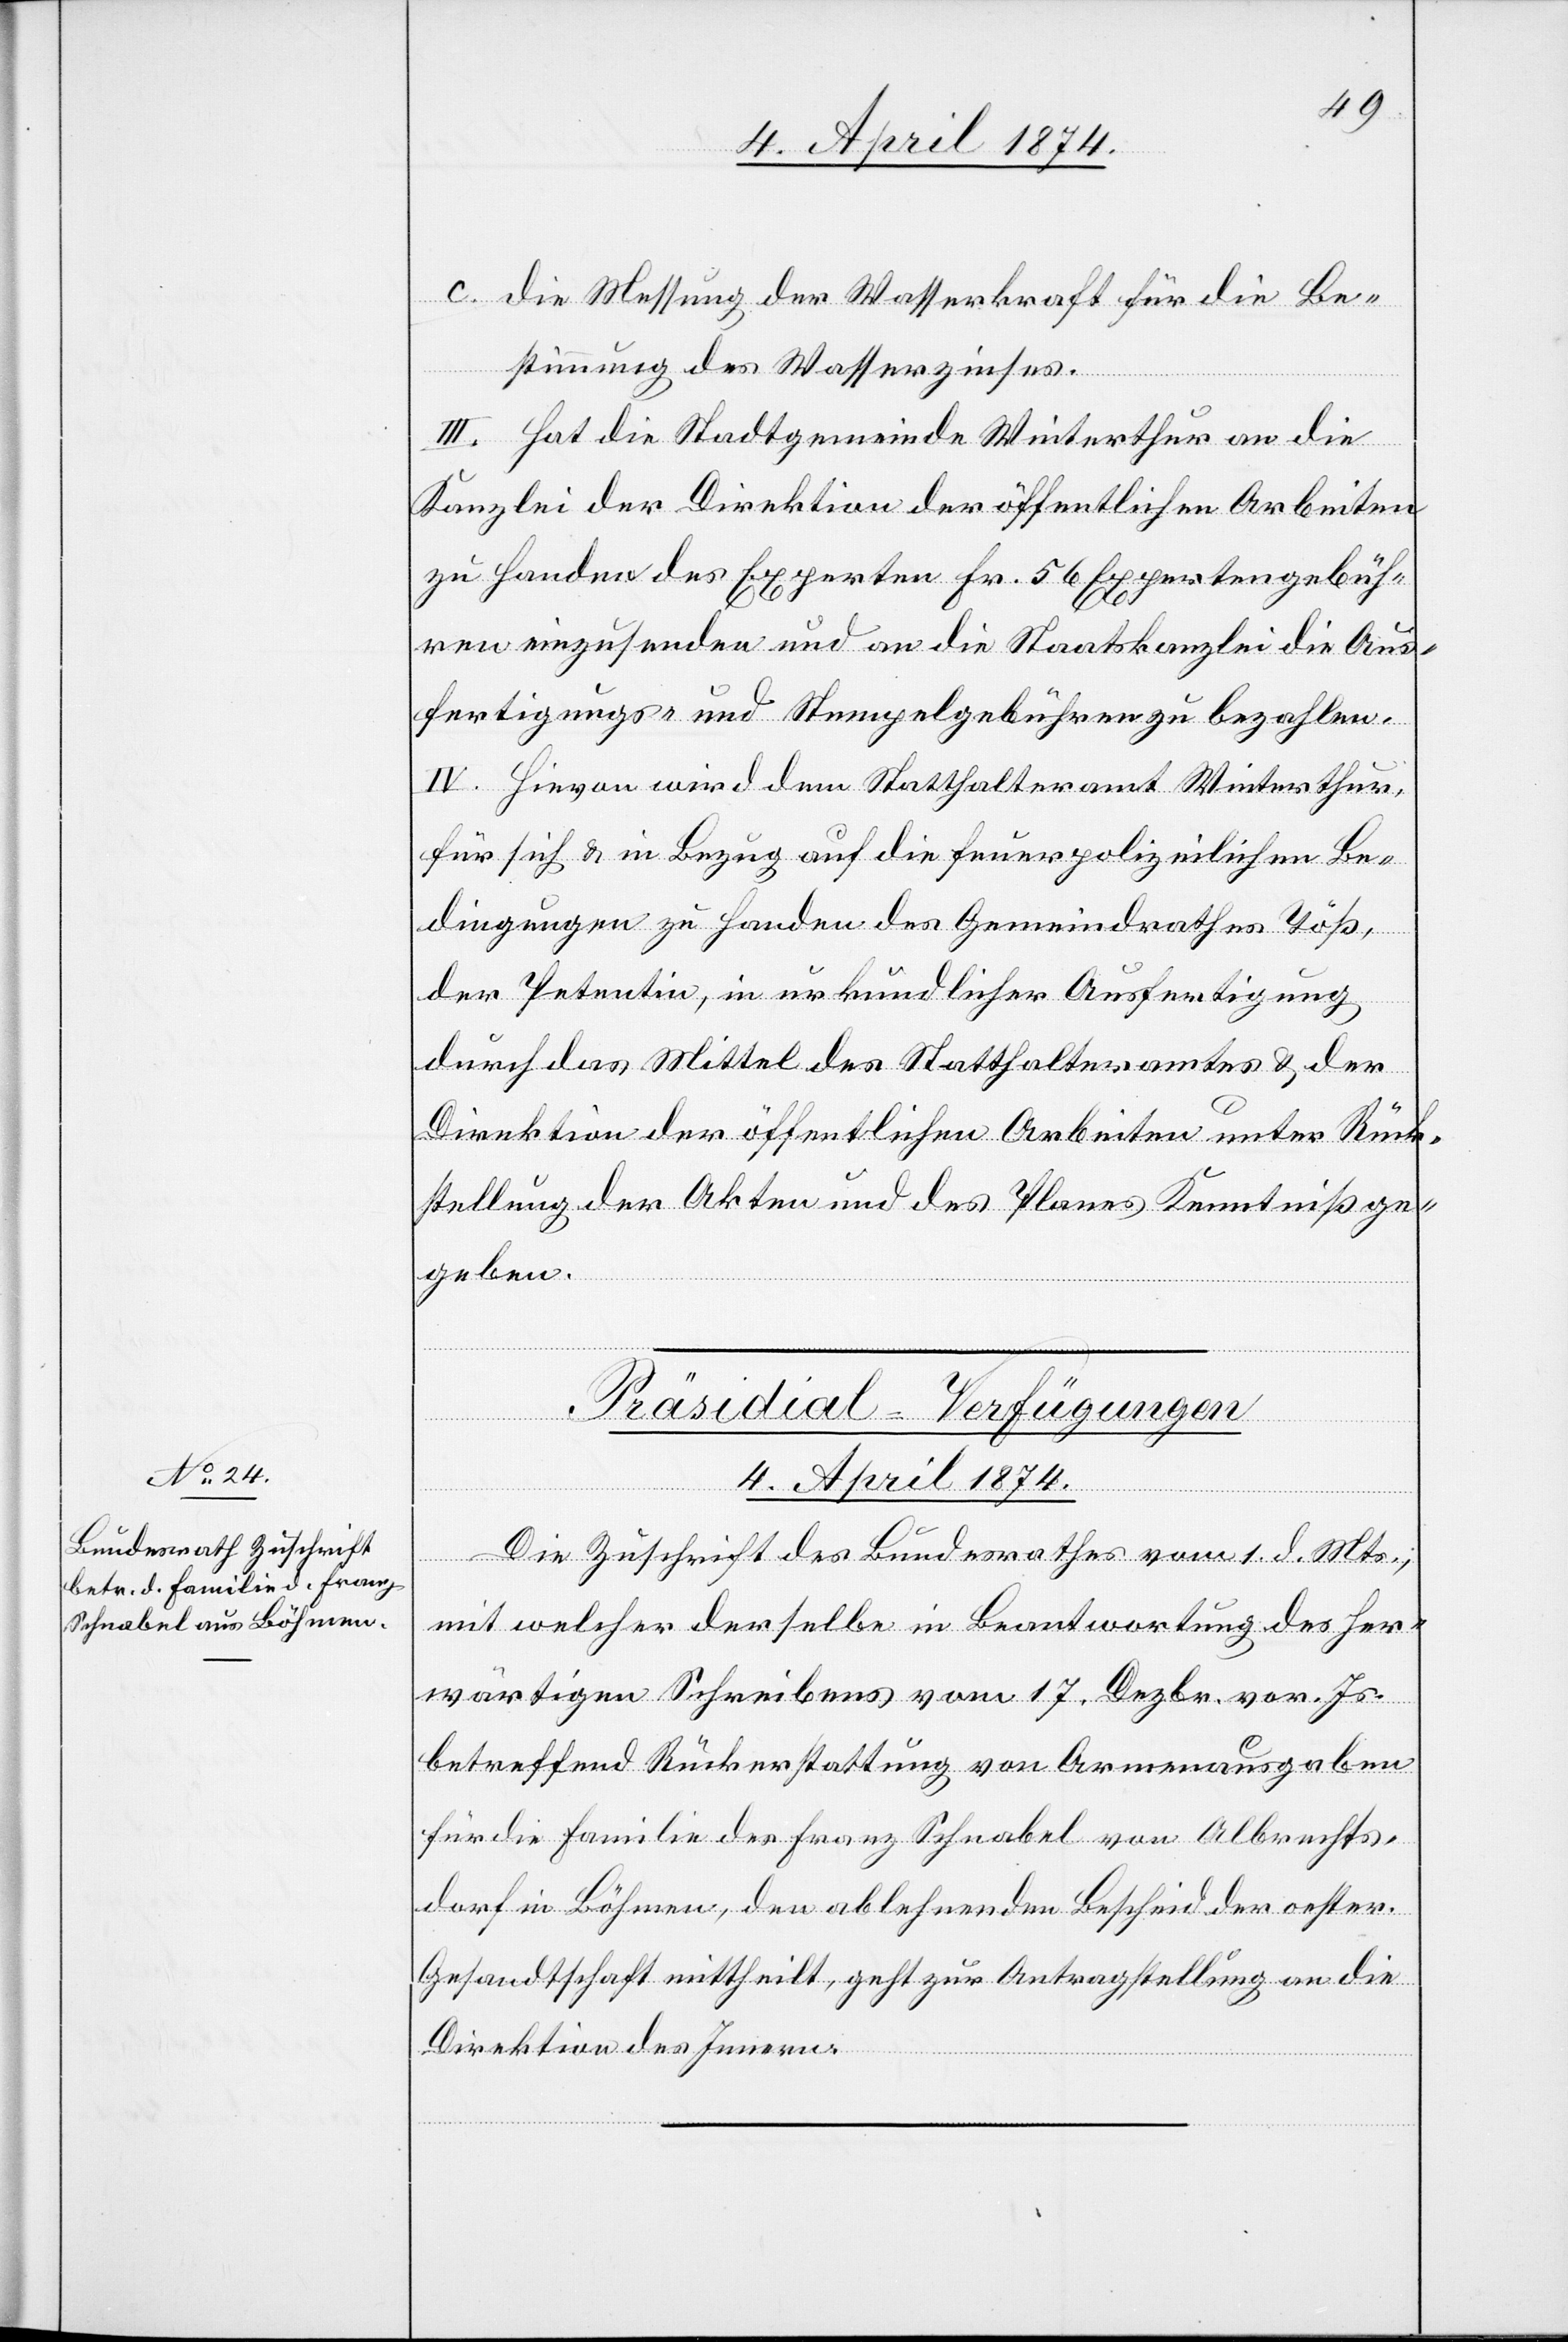
Präsidial-Verfügungen
4. April 1874.
Die Zuschrift des Bundesrathes vom 1. d. Mts.,
mit welcher derselbe in Beantwortung des her¬
wärtigen Schreibens vom 17. Dezbr. vor. Js.
betreffend Rückerstattung von Armenausgaben
für die Familie des Franz Schnabel von Albrechts¬
dorf in Böhmen, den ablehnenden Bescheid der oester.
Gesandtschaft mittheilt, geht zur Antragstellung an die
Direktion des Innern.